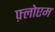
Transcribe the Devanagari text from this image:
फ़्लोएम